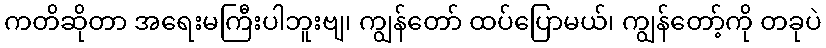
ကတိဆိုတာ အရေးမကြီးပါဘူးဗျ၊ ကျွန်တော် ထပ်ပြောမယ်၊ ကျွန်တော့်ကို တခုပဲ